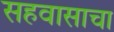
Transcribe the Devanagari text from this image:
सहवासाचा